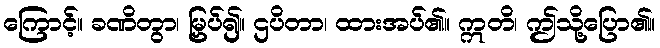
ကြောင့်။ ခဏိတွာ၊ မြှပ်၍။ ဌပိတာ၊ ထားအပ်၏။ ဣတိ၊ ဤသို့ပြော၏။